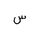
Letter: _sin